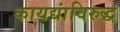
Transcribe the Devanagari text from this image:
कायद्यांविरुद्ध